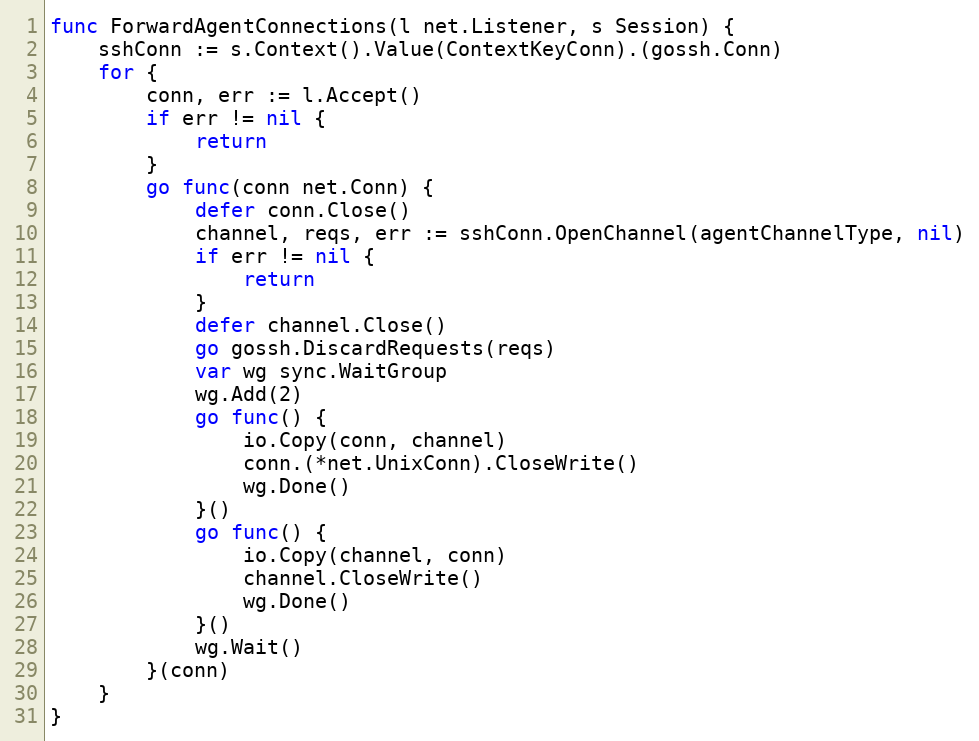
Language: Go
func ForwardAgentConnections(l net.Listener, s Session) {
	sshConn := s.Context().Value(ContextKeyConn).(gossh.Conn)
	for {
		conn, err := l.Accept()
		if err != nil {
			return
		}
		go func(conn net.Conn) {
			defer conn.Close()
			channel, reqs, err := sshConn.OpenChannel(agentChannelType, nil)
			if err != nil {
				return
			}
			defer channel.Close()
			go gossh.DiscardRequests(reqs)
			var wg sync.WaitGroup
			wg.Add(2)
			go func() {
				io.Copy(conn, channel)
				conn.(*net.UnixConn).CloseWrite()
				wg.Done()
			}()
			go func() {
				io.Copy(channel, conn)
				channel.CloseWrite()
				wg.Done()
			}()
			wg.Wait()
		}(conn)
	}
}